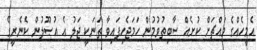
އެމީހެއްގެ މައްޗަށް ކުށެއް ސާބިތުވުމުން ހަމަޖެހިފައިވާ ތަނަކީ ޖަލު އެ އުޞޫލުން ކެނެރީގޭ